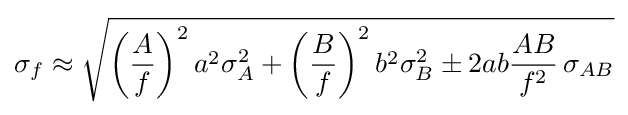
\sigma _{f}\approx {\sqrt {\left({\frac {A}{f}}\right)^{2}a^{2}\sigma _{A}^{2}+\left({\frac {B}{f}}\right)^{2}b^{2}\sigma _{B}^{2}\pm 2ab{\frac {AB}{f^{2}}}\,\sigma _{AB}}}